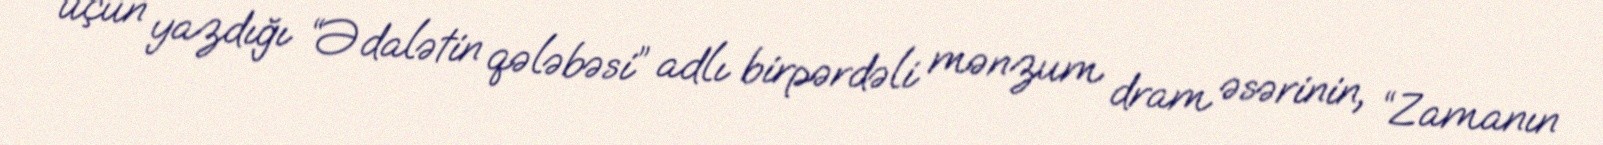
üçün yazdığı “Ədalətin qələbəsi” adlı birpərdəli mənzum dram əsərinin, “Zamanın